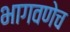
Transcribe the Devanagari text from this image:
भागवणेच